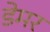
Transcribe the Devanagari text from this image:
डेमर